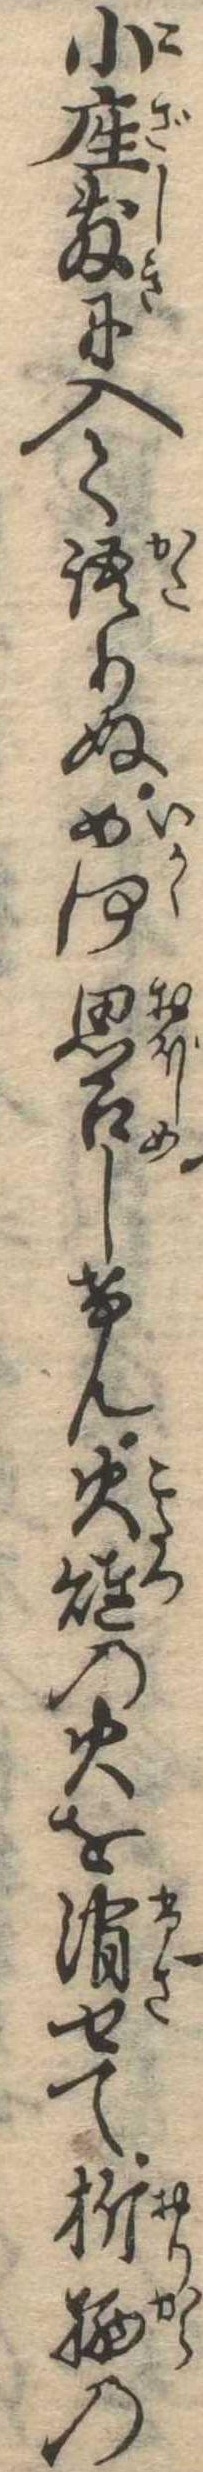
小座敷に入て語りぬ如何思召しけん火燵の火を消せて折柄の